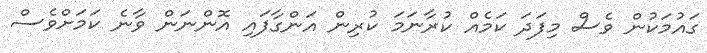
ގައުމަކުން ވެސް މިފަދަ ކަމެއް ކުރާނަމަ ކުރިން އަންގާފައި އޮންނަން ވާނެ ކަމަށްވެސް